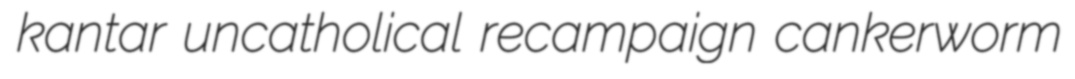
kantar uncatholical recampaign cankerworm